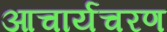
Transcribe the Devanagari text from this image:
आचार्यचरण